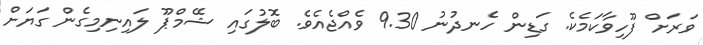
ވަރަށް ފޫހިވާކަމެކެ. ގަޑިން ހެނދުނު 9.30 ވެއްޖެއެވެ. ބޮލުގައި ޝޭމްޕޫ ލައިނިމިގެން ގަޔަށް